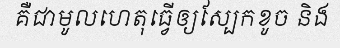
គឺជាមូលហេតុធ្វើឲ្យស្បែកខូច និង